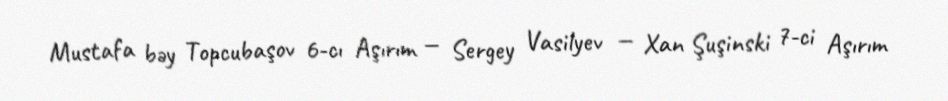
Mustafa bəy Topcubaşov 6-cı Aşırım — Sergey Vasilyev — Xan Şuşinski 7-ci Aşırım